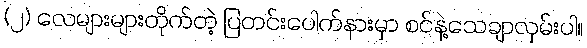
(၂) လေများများတိုက်တဲ့ ပြတင်းပေါက်နားမှာ စင်နဲ့သေချာလှမ်းပါ။